Indian Civil Veterinary Department memoirs
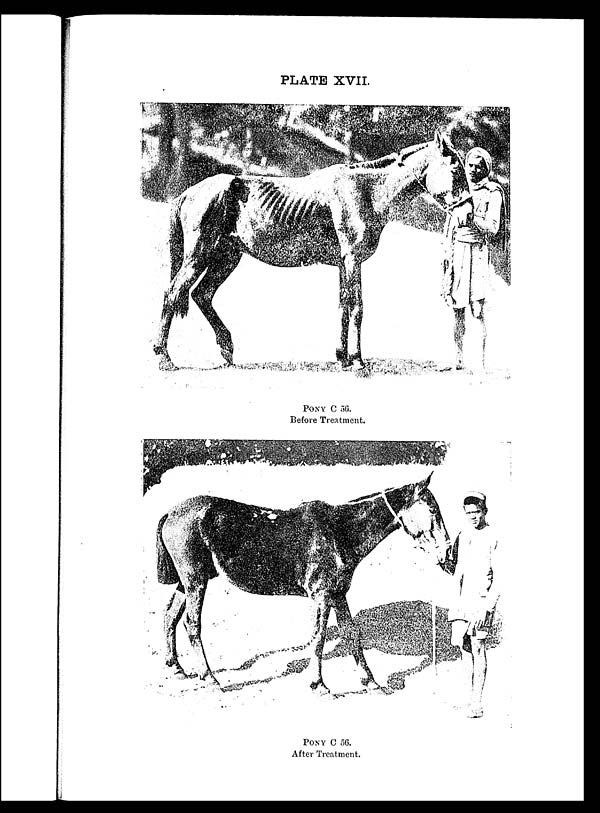
PLATE XVII.
PONY C 56.
Before Treatment.
PONY C 56.
After Treatment.